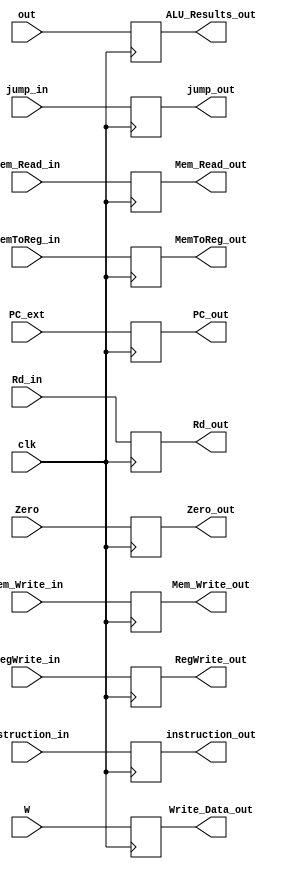
`timescale 1ns / 1ps

module EX_MEM(input [31:0]PC_ext,W,
//input [27:0]Sign_exe_jump_in,
input Zero,
input clk,jump_in,MemToReg_in,Mem_Write_in,Mem_Read_in,RegWrite_in,
input [31:0] instruction_in,out,
input [4:0] Rd_in,
output reg [31:0] instruction_out,ALU_Results_out,Write_Data_out,PC_out,
output reg [4:0] Rd_out,
output reg jump_out,MemToReg_out,Mem_Write_out,Mem_Read_out,RegWrite_out,
output reg Zero_out
    );
   
always@(posedge clk)
    begin
       
         instruction_out <= instruction_in;
         ALU_Results_out <= out;
         Write_Data_out <= W;
         Rd_out <= Rd_in;
         PC_out <= PC_ext;
         jump_out <= jump_in;
         MemToReg_out <= MemToReg_in;
         Mem_Write_out <= Mem_Write_in;
         Mem_Read_out <= Mem_Read_in;
         RegWrite_out <= RegWrite_in;
         Zero_out <= Zero;
    end

endmodule